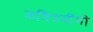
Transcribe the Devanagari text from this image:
कवित्रयींनी